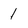
Character: 1